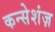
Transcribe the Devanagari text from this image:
कन्सेशंज़